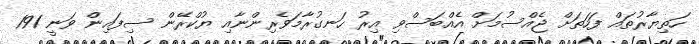
ހަތިޔާރުތައް ފަހަތަށް ޖެއްސުމަށް އެއްބަސްވި އިރު ހަނގުރާމަވެރިންނާއި ޔުކްރޭން ސިފައިން ވަނީ 191